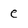
Character: e